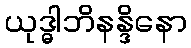
ယုဒ္ဓါဘိနန္ဒိနော